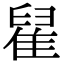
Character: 𨿀